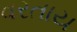
વરતાય